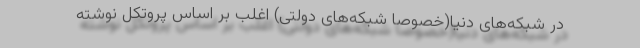
در شبکه‌های دنیا(خصوصا شبکه‌های دولتی) اغلب بر اساس پروتکل نوشته‌